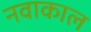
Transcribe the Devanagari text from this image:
नवाकाल